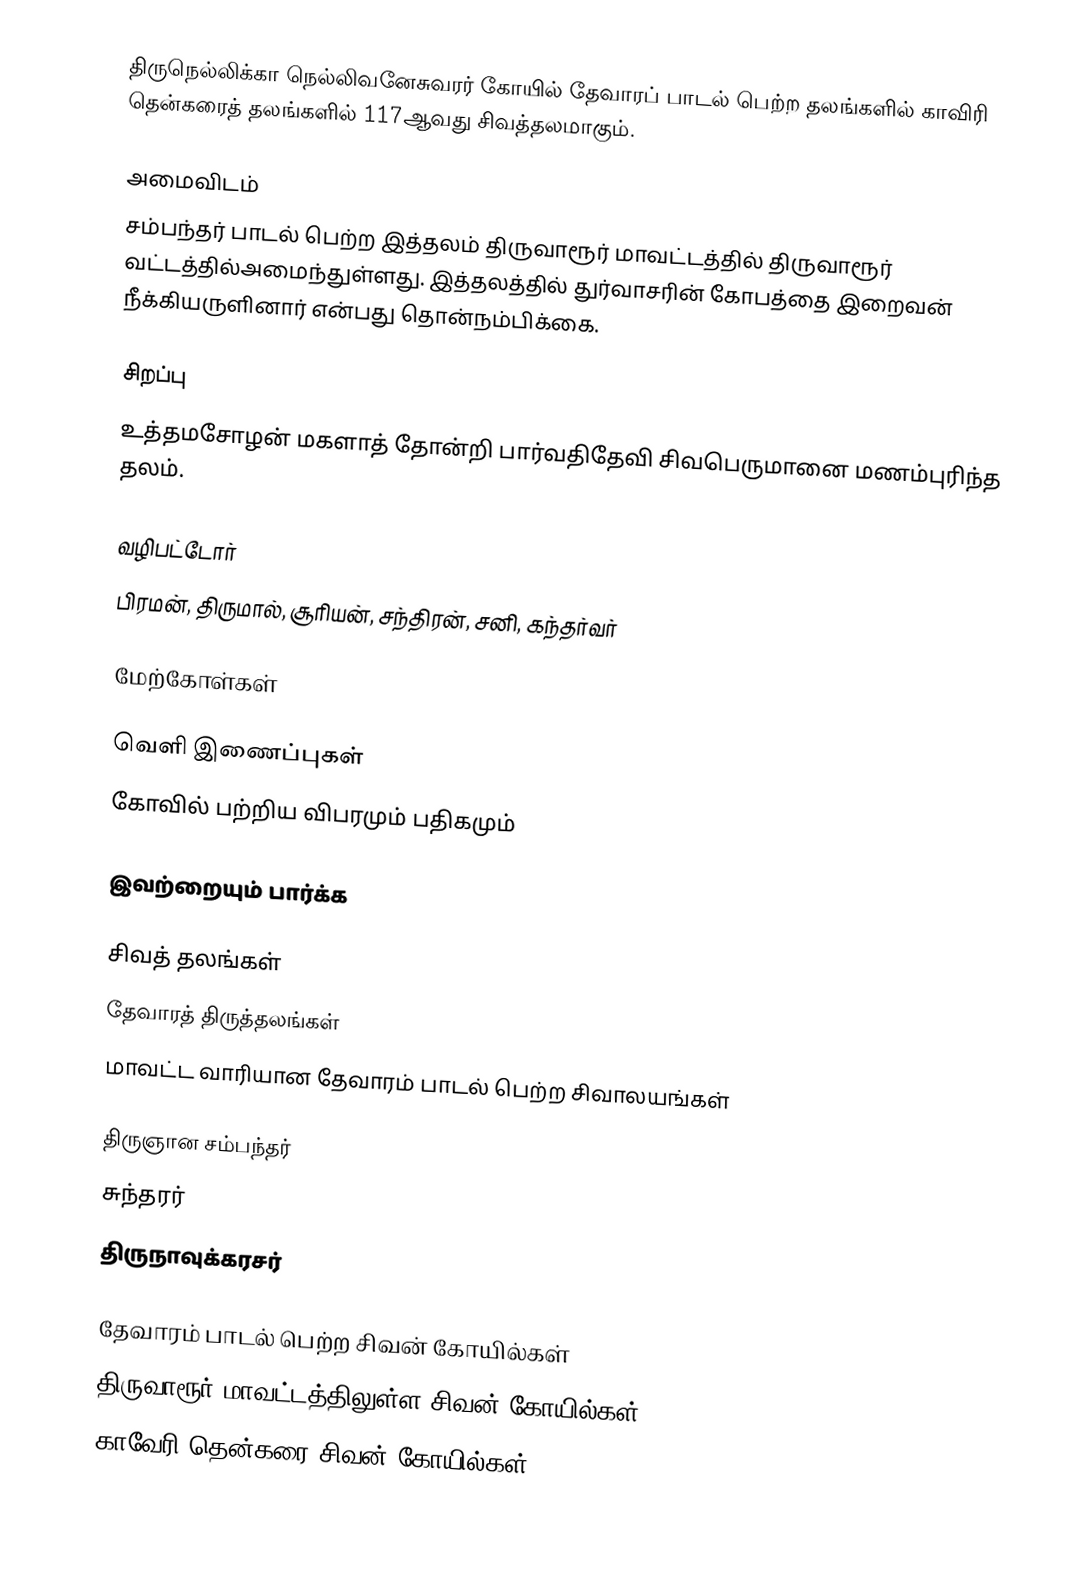
திருநெல்லிக்கா நெல்லிவனேசுவரர் கோயில் தேவாரப் பாடல் பெற்ற தலங்களில் காவிரி தென்கரைத் தலங்களில் 117ஆவது சிவத்தலமாகும்.

அமைவிடம்
சம்பந்தர் பாடல் பெற்ற இத்தலம் திருவாரூர் மாவட்டத்தில்  திருவாரூர் வட்டத்தில்அமைந்துள்ளது.  இத்தலத்தில் துர்வாசரின் கோபத்தை இறைவன் நீக்கியருளினார் என்பது தொன்நம்பிக்கை.

சிறப்பு
உத்தமசோழன் மகளாத் தோன்றி பார்வதிதேவி சிவபெருமானை மணம்புரிந்த தலம்.

வழிபட்டோர்
பிரமன், திருமால், சூரியன், சந்திரன், சனி, கந்தர்வர்

மேற்கோள்கள்

வெளி இணைப்புகள்
 கோவில் பற்றிய விபரமும் பதிகமும்

இவற்றையும் பார்க்க

 சிவத் தலங்கள்
 தேவாரத் திருத்தலங்கள்
 மாவட்ட வாரியான தேவாரம் பாடல் பெற்ற சிவாலயங்கள்

 திருஞான சம்பந்தர்
 சுந்தரர்
 திருநாவுக்கரசர்

தேவாரம் பாடல் பெற்ற சிவன் கோயில்கள்
திருவாரூர் மாவட்டத்திலுள்ள சிவன் கோயில்கள்
காவேரி தென்கரை சிவன் கோயில்கள்